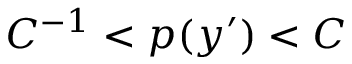
C ^ { - 1 } < p ( y ^ { \prime } ) < C